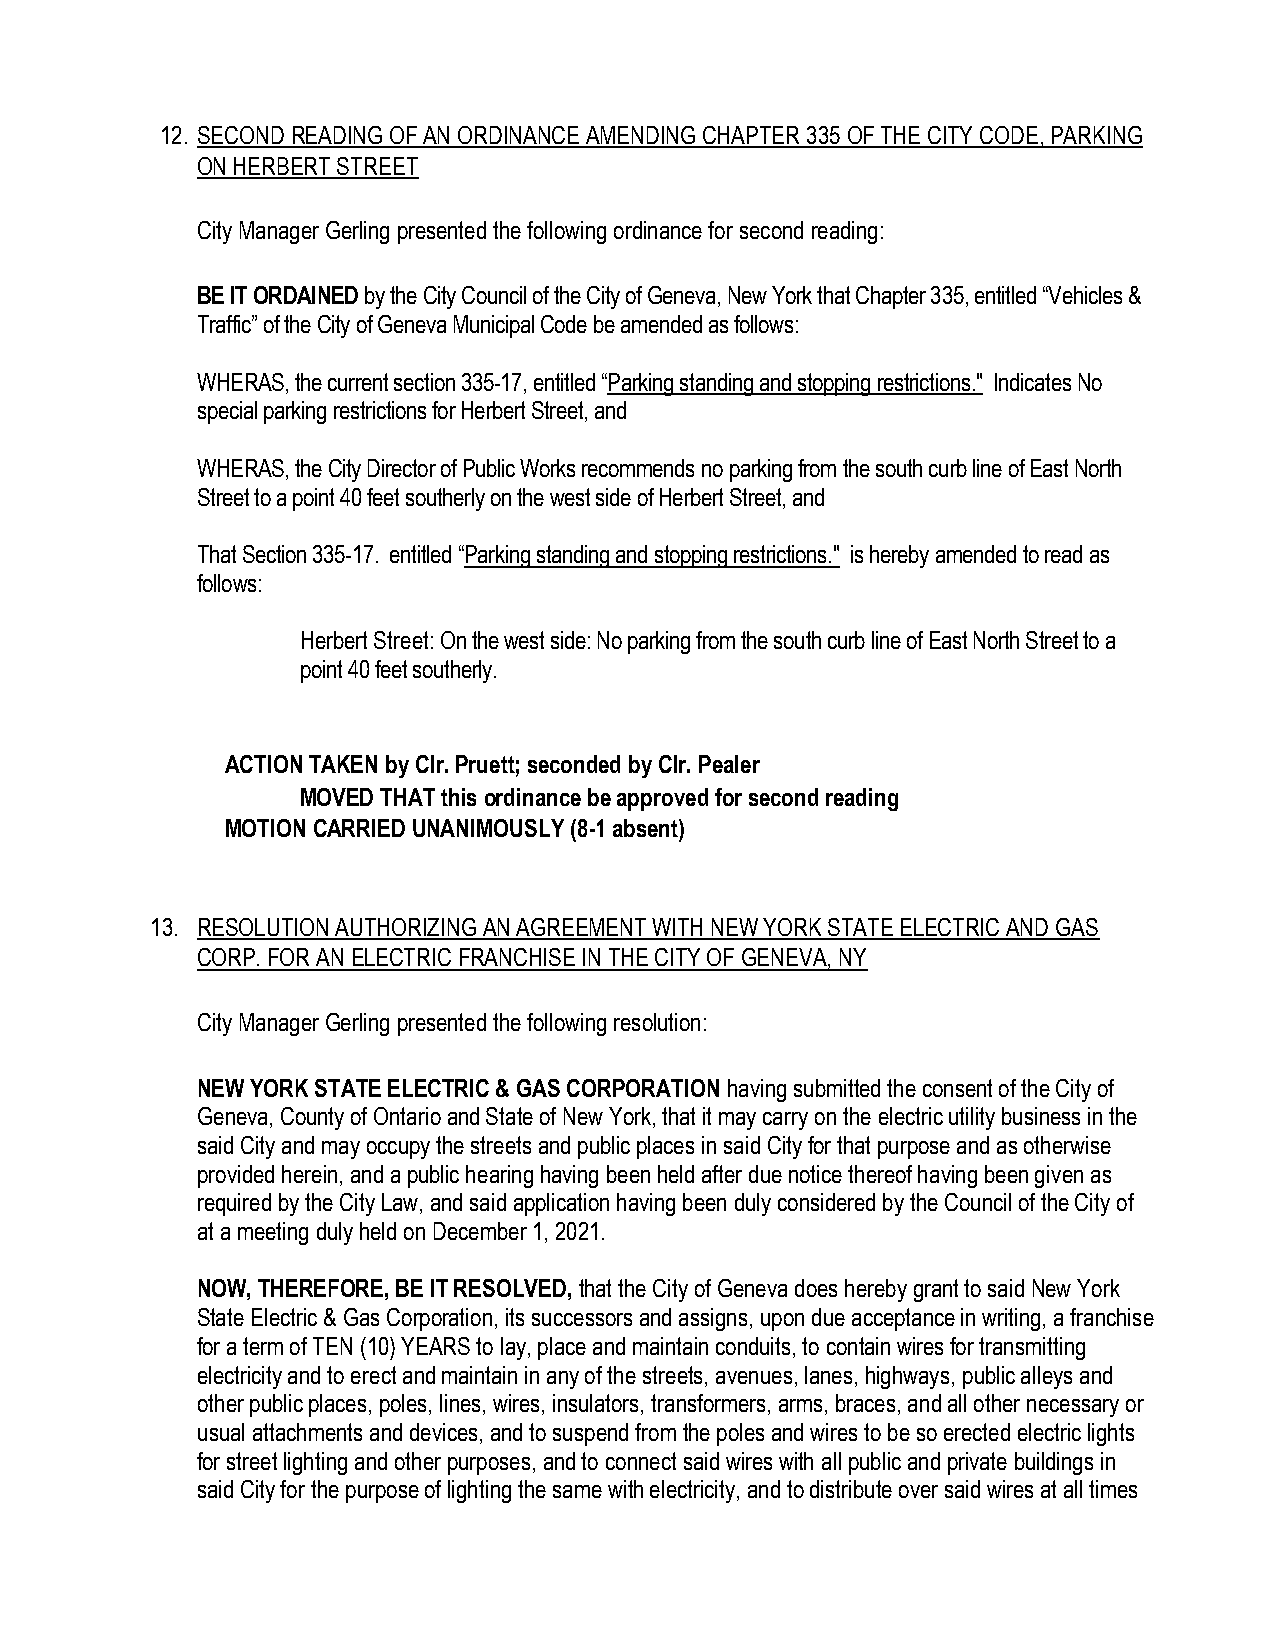
12. SECOND READING OF AN ORDINANCE AMENDING CHAPTER 335 OF THE CITY CODE, PARKING
 ON HERBERT STREET
 City Manager Gerling presented the following ordinance for second reading:
 BE IT ORDAINED by the City Council of the City of Geneva, New York that Chapter 335, entitled “Vehicles &
 Traffic” of the City of Geneva Municipal Code be amended as follows:
 WHERAS, the current section 335-17, entitled “Parking standing and stopping restrictions." Indicates No
 special parking restrictions for Herbert Street, and
 WHERAS, the City Director of Public Works recommends no parking from the south curb line of East North
 Street to a point 40 feet southerly on the west side of Herbert Street, and
 That Section 335-17. entitled “Parking standing and stopping restrictions." is hereby amended to read as
 follows:
 Herbert Street: On the west side: No parking from the south curb line of East North Street to a
 point 40 feet southerly.
 ACTION TAKEN by Clr. Pruett; seconded by Clr. Pealer
 MOVED THAT this ordinance be approved for second reading
 MOTION CARRIED UNANIMOUSLY (8-1 absent)
 13. RESOLUTION AUTHORIZING AN AGREEMENT WITH NEW YORK STATE ELECTRIC AND GAS
 CORP. FOR AN ELECTRIC FRANCHISE IN THE CITY OF GENEVA, NY
 City Manager Gerling presented the following resolution:
 NEW YORK STATE ELECTRIC & GAS CORPORATION having submitted the consent of the City of
 Geneva, County of Ontario and State of New York, that it may carry on the electric utility business in the
 said City and may occupy the streets and public places in said City for that purpose and as otherwise
 provided herein, and a public hearing having been held after due notice thereof having been given as
 required by the City Law, and said application having been duly considered by the Council of the City of
 at a meeting duly held on December 1, 2021.
 NOW, THEREFORE, BE IT RESOLVED, that the City of Geneva does hereby grant to said New York
 State Electric & Gas Corporation, its successors and assigns, upon due acceptance in writing, a franchise
 for a term of TEN (10) YEARS to lay, place and maintain conduits, to contain wires for transmitting
 electricity and to erect and maintain in any of the streets, avenues, lanes, highways, public alleys and
 other public places, poles, lines, wires, insulators, transformers, arms, braces, and all other necessary or
 usual attachments and devices, and to suspend from the poles and wires to be so erected electric lights
 for street lighting and other purposes, and to connect said wires with all public and private buildings in
 said City for the purpose of lighting the same with electricity, and to distribute over said wires at all times